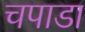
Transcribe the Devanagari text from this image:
चपाडा